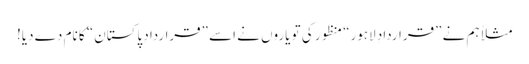
مثلاً ہم نے ”قراردادِ لاہور“ منظور کی تو یاروں نے اسے ”قراردادِ پاکستان“ کا نام دے دیا!